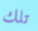
تلك